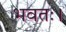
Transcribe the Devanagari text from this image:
भवतः।